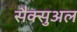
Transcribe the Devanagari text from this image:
सैक्सुअल